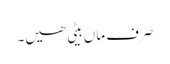
صرف ماں بیٹی ھیں۔